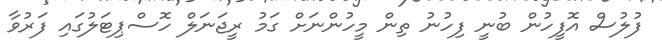
ފުލުސް އޮފީހުން ބުނީ ފިހުނު ތިން މީހުންނަށް ގަމު ރީޖަނަލް ހޮސްޕިޓަލުގައި ފަރުވާ